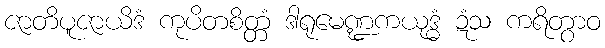
ဇာတိပူဇာယိဒံ ကုပိတစိတ္တံ ဒါရုမေဏ္ဍကယုဒ္ဓံ ဍံသ ကရိတွာဝ